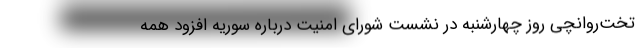
تخت‌روانچی روز چهارشنبه در نشست شورای امنیت درباره سوریه افزود همه